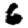
Digit: 6